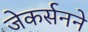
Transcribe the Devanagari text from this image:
जेकर्सनने